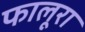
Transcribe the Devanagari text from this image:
फालूरा